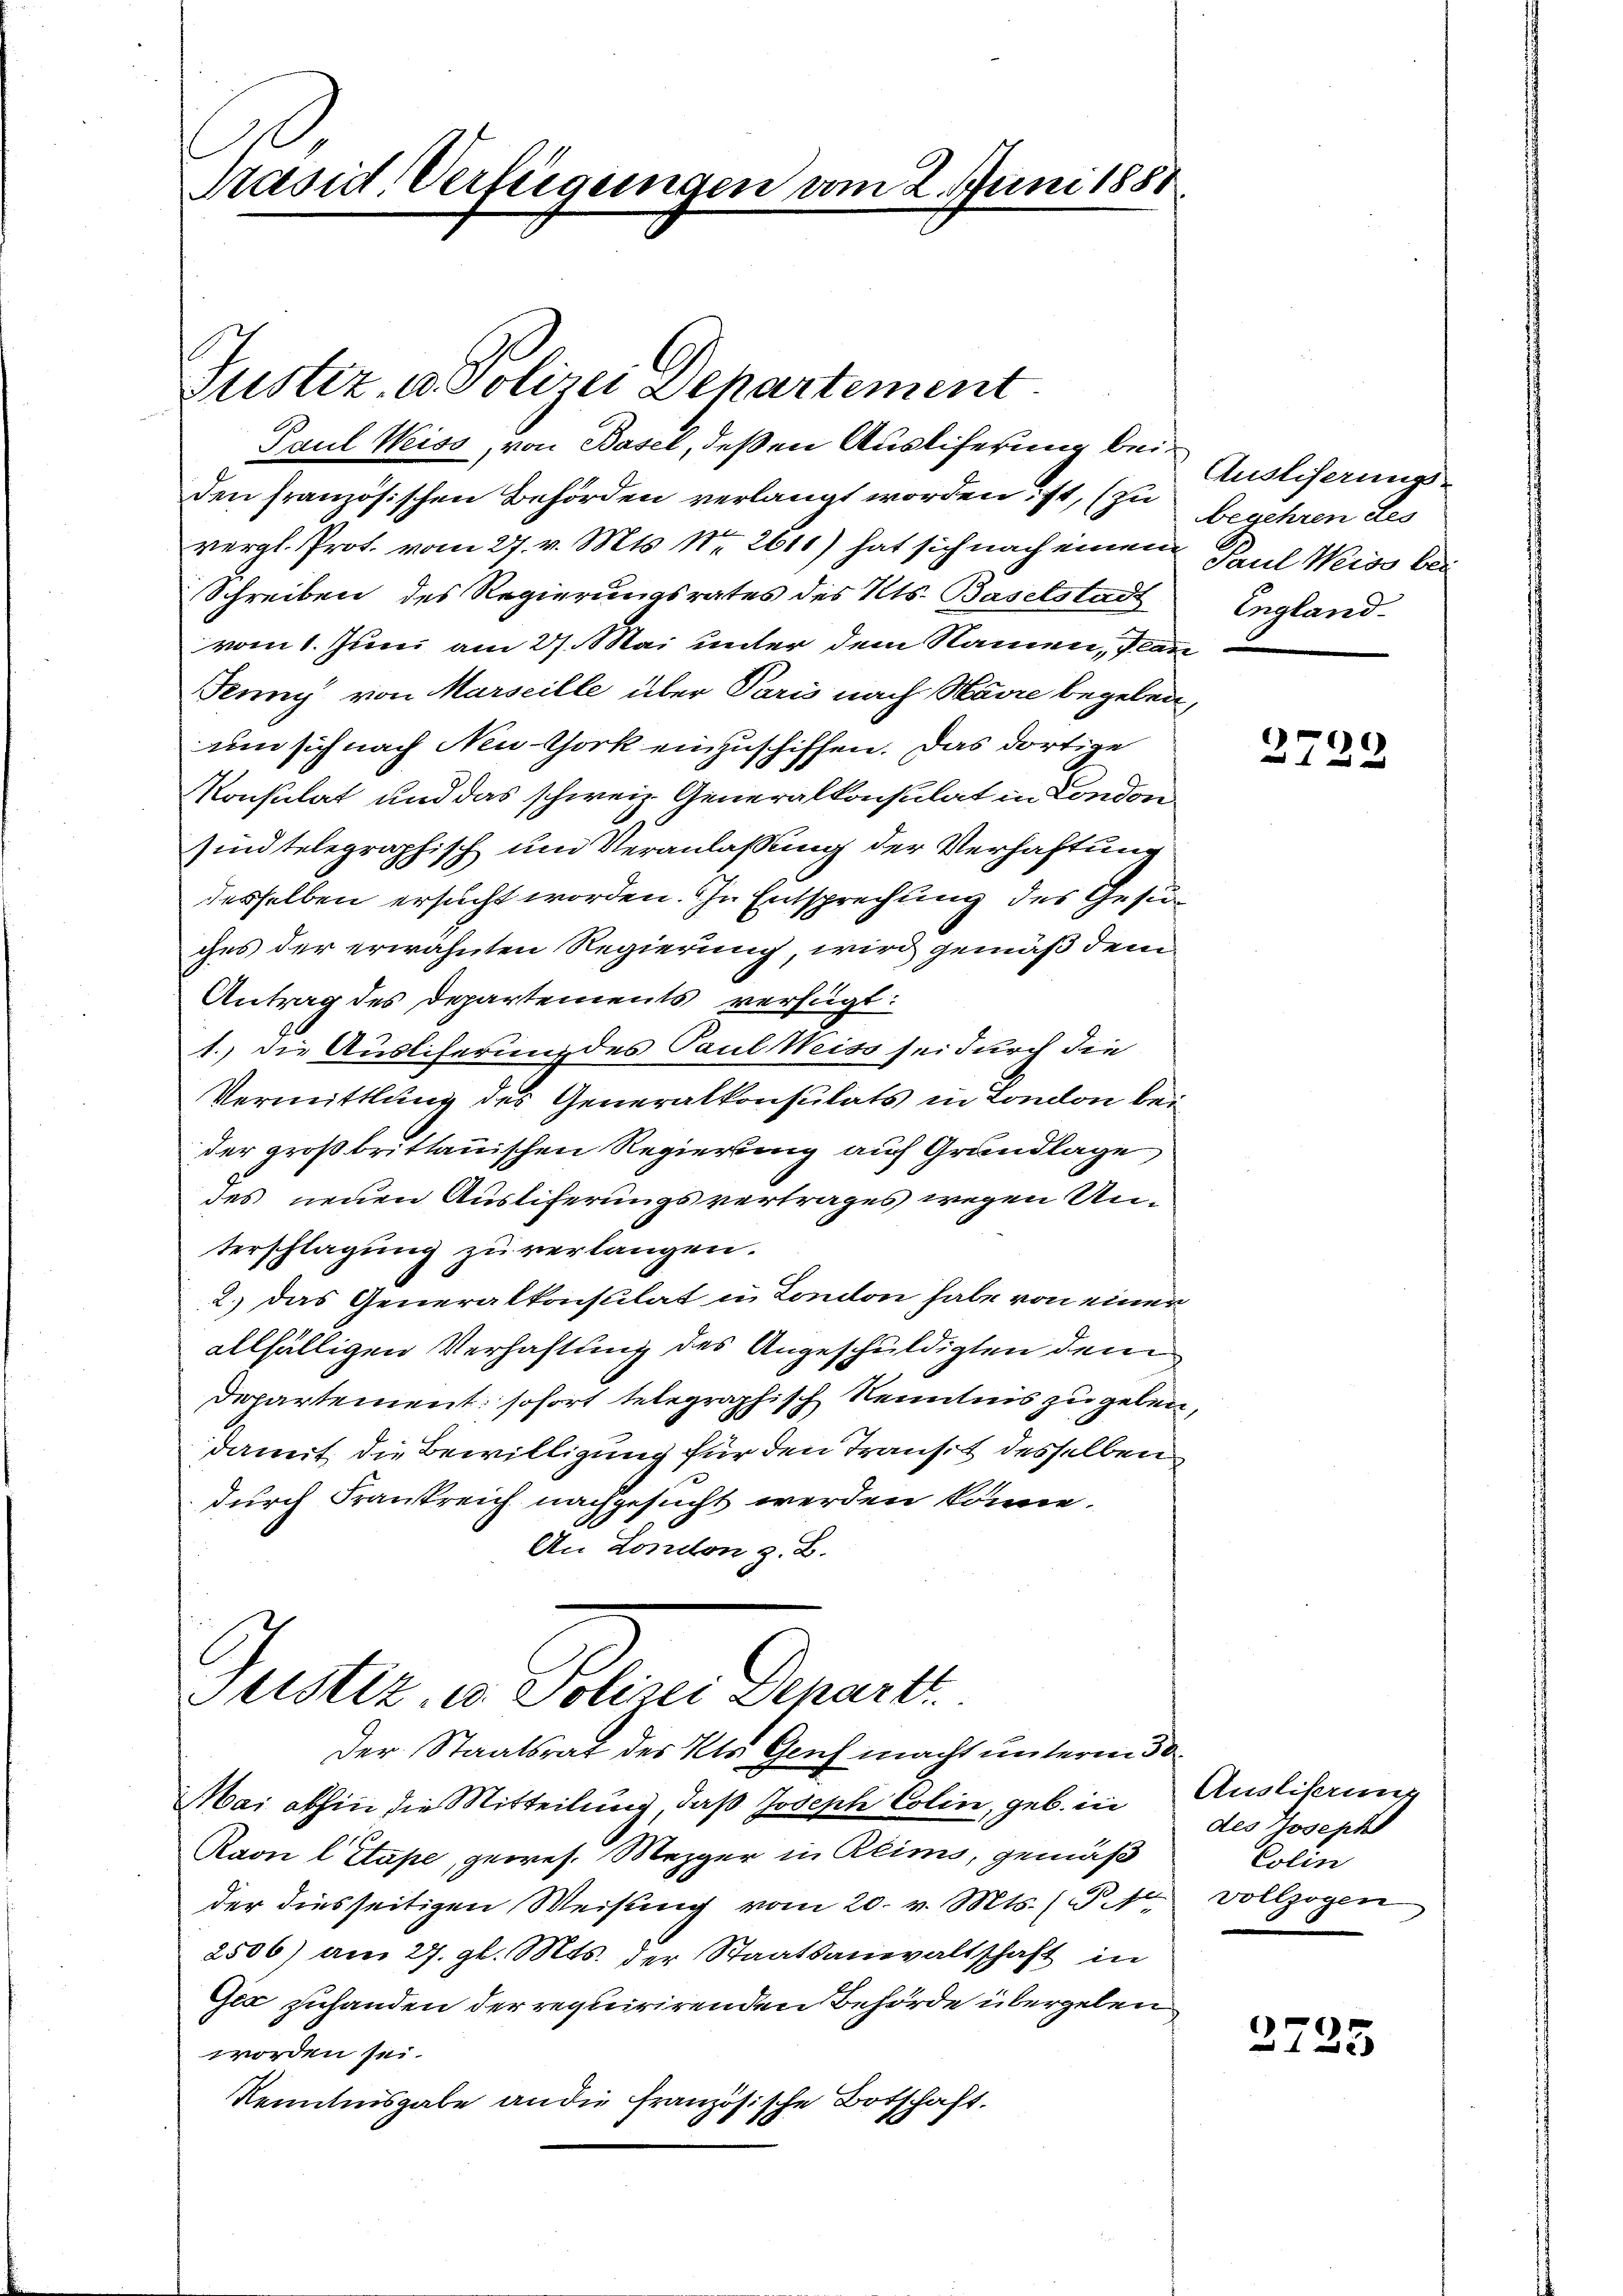
Präsid Verfügungen vom 2. Juni 1888.

Justiz, u. Polizei Dehartement
Paul Weiss, von Basel, deßen Ausliferung beiden französischen Behörden verlangt worden ist, (zu begehren des
vergl. Prot. vom 27. v. Mts. Nr. 2611) hat sich nach einem
Schreiben des Regierungsrates des Kts. Baselstadt
vom 1. Juni am 27. Mai unter dem Namen, Plan
Feung von Marseille über Paris nach Havre begeben,
um sich nach Neu York einzuschiffen. Das dortige
Konsulat und das schweiz. Generalkonsulat in London.
sind telegraphisch und Veranlassung der Verhaftung
desselben ersucht worden. In Entsprechung des Gesuches der erwähnten Regierung, wird gemäß dem
Antrag des Departements verfügt:
1.) die Auslieferung des Paul Weiss sei durch die
Vermittlung des Generalkonsulats in London bei
der großbrittanischen Regierung auf Grundlage
des neuen Ausliferungsvertrages wegen Unterschlagung zu verlangen.
2.) das Generalkonsulat in London habe von einer
allfälligen Verhaftung des Angeschuldigten dem
Departement sofort telegraphisch Kenntnis zu geben,
damit die Bewilligung für den Traus desselben
durch Frankreich nachgesucht werden könne.
An London z. B.

Mai abhin die Mitteilung, daß Joseph Colin, geb. in Auslisau
Raon l Etape, gewes. Mezger in Klimo, gemäß
der diesseitigen Weisung vom 20. v. Mts. / P. M. vollzogen
2506) am 27. gl. Mts. der Staatsanwaltschaft in
Gia zuhanden der requirirenden Behörde übergeben
worden sei.
Renntnisgabe an die Französische Botschaft.

Justiz, u. Polizei Depart.
Der Staatsrat des Kts. Geich macht unterm 30

Ausliserungs¬
Paul Weiss bei
England.

2729

des Joseph
Colin

2725